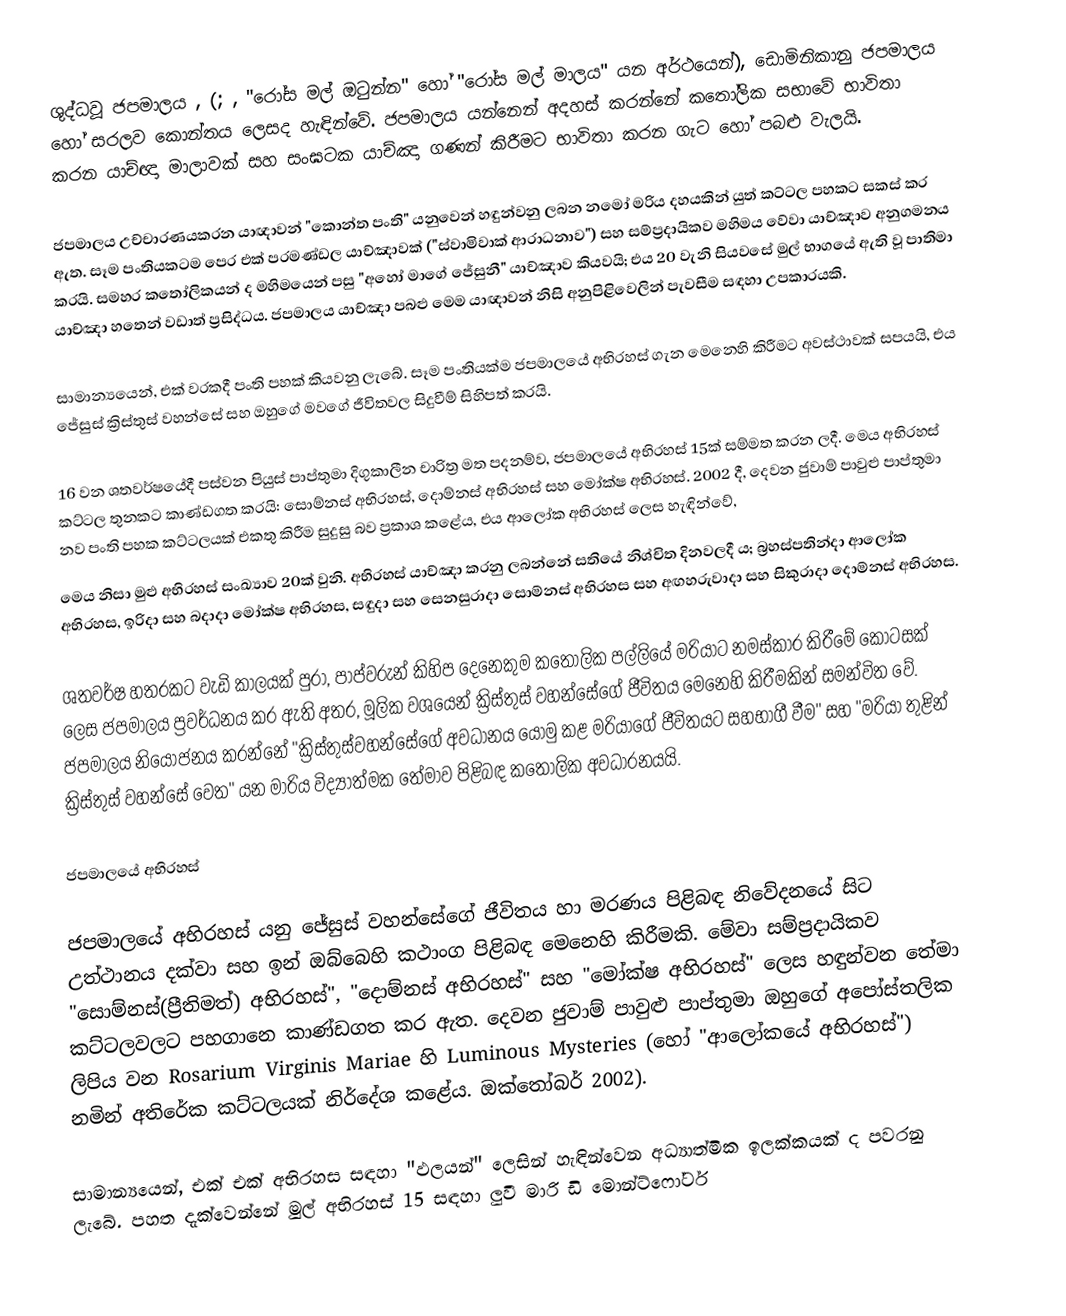
ශුද්ධවූ ජපමාලය , (; , "රෝස මල් ඔටුන්න" හෝ "රෝස මල් මාලය" යන අර්ථයෙන්), ඩොමිනිකානු ජපමාලය  හෝ සරලව කොන්තය ලෙසද හැඳින්වේ. ජපමාලය යන්නෙන් අදහස් කරන්නේ කතෝලික සභාවේ භාවිතා කරන යාච්ඥා මාලාවක් සහ සංඝටක යාච්ඤා ගණන් කිරීමට භාවිතා කරන ගැට හෝ පබළු වැලයි.

ජපමාලය උච්චාරණයකරන යාඥාවන් "කොන්ත පංති" යනුවෙන් හඳුන්වනු ලබන නමෝ මරිය දහයකින් යුත් කට්ටල පහකට සකස් කර ඇත. සෑම පංතියකටම පෙර එක් පරමණ්ඩල යාච්ඤාවක් ("ස්වාමිවාක් ආරාධනාව") සහ සම්ප්‍රදායිකව මහිමය වේවා යාච්ඤාව අනුගමනය කරයි. සමහර කතෝලිකයන් ද මහිමයෙන් පසු "අහෝ මාගේ ජේසුනී" යාච්ඤාව කියවයි; එය 20 වැනි සියවසේ මුල් භාගයේ ඇති වූ පාතිමා යාච්ඤා හතෙන් වඩාත් ප්‍රසිද්ධය. ජපමාලය යාච්ඤා පබළු මෙම යාඥාවන් නිසි අනුපිළිවෙලින් පැවසීම සඳහා උපකාරයකි.

සාමාන්‍යයෙන්, එක් වරකදී පංති පහක් කියවනු ලැබේ. සෑම පංතියක්ම ජපමාලයේ අභිරහස් ගැන මෙනෙහි කිරීමට අවස්ථාවක් සපයයි, එය ජේසුස් ක්‍රිස්තුස් වහන්සේ සහ ඔහුගේ මවගේ ජීවිතවල සිදුවීම් සිහිපත් කරයි.

16 වන ශතවර්ෂයේදී පස්වන පියුස් පාප්තුමා දිගුකාලීන චාරිත්‍ර මත පදනම්ව, ජපමාලයේ අභිරහස් 15ක් සම්මත කරන ලදී. මෙය අභිරහස් කට්ටල තුනකට කාණ්ඩගත කරයි: සොම්නස් අභිරහස්, දොම්නස් අභිරහස් සහ මෝක්ෂ අභිරහස්. 2002 දී, දෙවන ජුවාම් පාවුළු පාප්තුමා නව පංති පහක කට්ටලයක් එකතු කිරීම සුදුසු බව ප්‍රකාශ කළේය, එය ආලෝක අභිරහස් ලෙස හැඳින්වේ,
මෙය නිසා මුළු අභිරහස් සංඛ්‍යාව 20ක් වුනි. අභිරහස් යාච්ඤා කරනු ලබන්නේ සතියේ නිශ්චිත දිනවලදී ය; බ්‍රහස්පතින්දා ආලෝක අභිරහස, ඉරිදා සහ බදාදා මෝක්ෂ අභිරහස, සඳුදා සහ සෙනසුරාදා සොම්නස් අභිරහස සහ අඟහරුවාදා සහ සිකුරාදා දොම්නස් අභිරහස.

ශතවර්ෂ හතරකට වැඩි කාලයක් පුරා, පාප්වරුන් කිහිප දෙනෙකුම කතෝලික පල්ලියේ මරියාට නමස්කාර කිරීමේ කොටසක් ලෙස ජපමාලය ප්‍රවර්ධනය කර ඇති අතර, මූලික වශයෙන් ක්‍රිස්තුස් වහන්සේගේ ජීවිතය මෙනෙහි කිරීමකින් සමන්විත වේ. ජපමාලය නියෝජනය කරන්නේ "ක්‍රිස්තුස්වහන්සේගේ අවධානය යොමු කළ මරියාගේ ජීවිතයට සහභාගී වීම" සහ "මරියා තුළින් ක්‍රිස්තුස් වහන්සේ වෙත" යන මාරිය විද්‍යාත්මක තේමාව පිළිබඳ කතෝලික අවධාරනයයි.

ජපමාලයේ අභිරහස්

ජපමාලයේ අභිරහස් යනු ජේසුස් වහන්සේගේ ජීවිතය හා මරණය පිළිබඳ නිවේදනයේ සිට උත්ථානය දක්වා සහ ඉන් ඔබ්බෙහි කථාංග පිළිබඳ මෙනෙහි කිරීමකි. මේවා සම්ප්‍රදායිකව "සොම්නස්(ප්‍රීතිමත්) අභිරහස්", "දොම්නස් අභිරහස්" සහ "මෝක්ෂ අභිරහස්" ලෙස හඳුන්වන තේමා කට්ටලවලට පහගානෙ කාණ්ඩගත කර ඇත. දෙවන ජුවාම් පාවුළු පාප්තුමා ඔහුගේ අපෝස්තලික ලිපිය වන Rosarium Virginis Mariae හි Luminous Mysteries (හෝ "ආලෝකයේ අභිරහස්") නමින් අතිරේක කට්ටලයක් නිර්දේශ කළේය. ඔක්තෝබර් 2002).

සාමාන්‍යයෙන්, එක් එක් අභිරහස සඳහා "ඵලයන්" ලෙසින් හැඳින්වෙන අධ්‍යාත්මික ඉලක්කයක් ද පවරනු ලැබේ. පහත දැක්වෙන්නේ මුල් අභිරහස් 15 සඳහා ලුවී මාරි ඩි මොන්ට්ෆෝර්ට